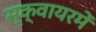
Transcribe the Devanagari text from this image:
स्क्वायरमें